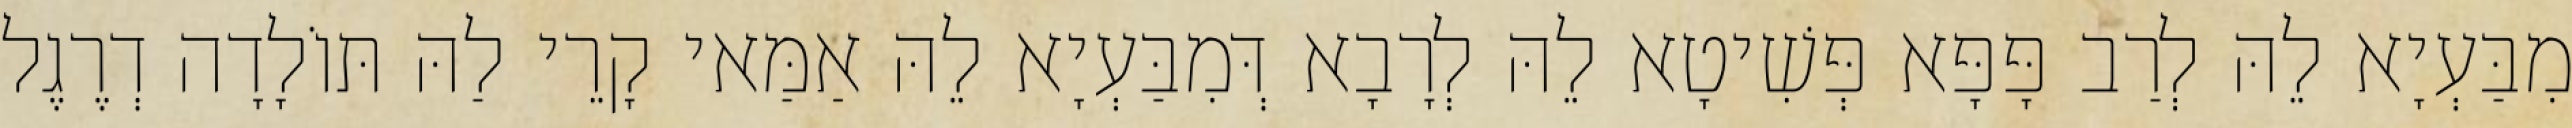
מִבַּעְיָא לֵהּ לְרַב פָּפָּא פְּשִׁיטָא לֵהּ לְרָבָא דְּמִבַּעְיָא לֵהּ אַמַּאי קָרֵי לַהּ תּוֹלָדָה דְרֶגֶל